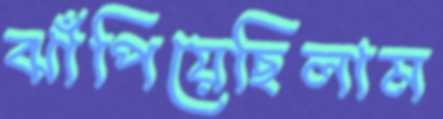
ঝাঁপিয়েছিলাম